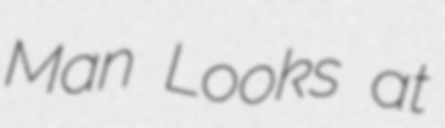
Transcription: Man Looks at